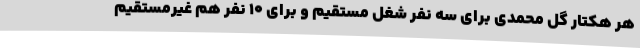
هر هکتار گل محمدی برای سه نفر شغل مستقیم و برای 10 نفر هم غیرمستقیم